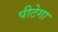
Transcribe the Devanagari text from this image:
पीटेगा